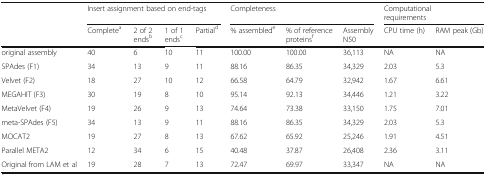
|  | <COLSPAN=4> Insert assignment based on end-tags | <COLSPAN=3> Completeness | <COLSPAN=2> Computational requirements |
 |  | Completea | 2 of 2 endsb | 1 of 1 endsc | Partiald | % assemblede | % of reference proteinsf | Assembly N50 | CPU time (h) | RAM peak (Gb) |
 | --- | --- | --- | --- | --- | --- | --- | --- | --- | --- |
 | original assembly | 40 | 6 | 10 | 11 | 100.00 | 100.00 | 36,113 | NA | NA |
 | SPAdes (F1) | 34 | 13 | 9 | 11 | 88.16 | 86.35 | 34,329 | 2.03 | 5.3 |
 | Velvet (F2) | 18 | 27 | 10 | 12 | 66.58 | 64.79 | 32,942 | 1.67 | 6.61 |
 | MEGAHIT (F3) | 30 | 19 | 8 | 10 | 95.14 | 92.13 | 34,446 | 1.21 | 3.22 |
 | MetaVelvet (F4) | 19 | 26 | 9 | 13 | 74.64 | 73.38 | 33,150 | 1.75 | 7.01 |
 | meta-SPAdes (F5) | 34 | 13 | 9 | 11 | 88.16 | 86.35 | 34,329 | 2.03 | 5.3 |
 | MOCAT2 | 19 | 27 | 8 | 13 | 67.62 | 65.92 | 25,246 | 1.91 | 4.51 |
 | Parallel META2 | 12 | 34 | 6 | 15 | 40.48 | 37.87 | 26,408 | 2.36 | 3.11 |
 | Original from LAM et al | 19 | 28 | 7 | 13 | 72.47 | 69.97 | 33,347 | NA | NA |